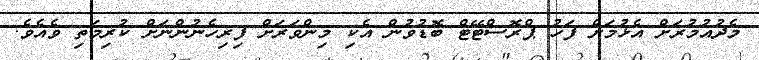
މެދުއުމުރަށް އެޅުމަށް ފަހު ޕްރޮސްޓޭޓް ބޮޑުވުން އެކި މިންވަރަށް ފިރިހެނުންނަށް ކުރިމަތި ވެއެވެ.